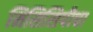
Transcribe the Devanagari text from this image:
मिसिसिपीचा